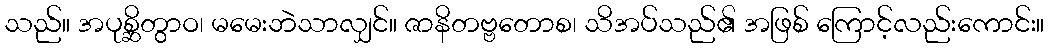
သည်။ အပုစ္ဆိတွာဝ၊ မမေးဘဲသာလျှင်။ ဇာနိတဗ္ဗတောစ၊ သိအပ်သည်၏ အဖြစ် ကြောင့်လည်းကောင်း။